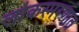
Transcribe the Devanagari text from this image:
लोकस्मरणात